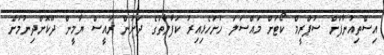
އިސްތިއުނާފަށް ސުޕްރީމް ކޯޓަށް މައްސަލަ ހުށަހެޅިއިރު ކަފާލާތުގެ ދަށުން ރައީސް ޔާމީން ދޫކޮށްދިނުމަށް